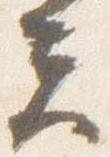
夫